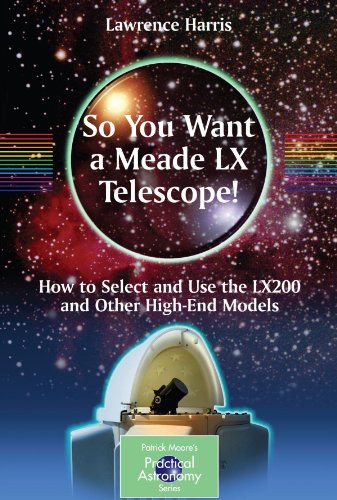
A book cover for So You Want a Meade LX Telescope!: How to Select and Use the LX200 and Other High-End Models (The Patrick Moore Practical Astronomy Series); Lawrence Harris; Science & Math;